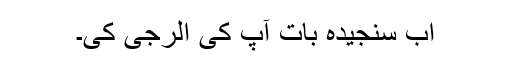
اب سنجیدہ بات آپ کی الرجی کی۔